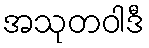
အသုတဝါဒီ